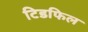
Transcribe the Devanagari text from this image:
टिडफिल